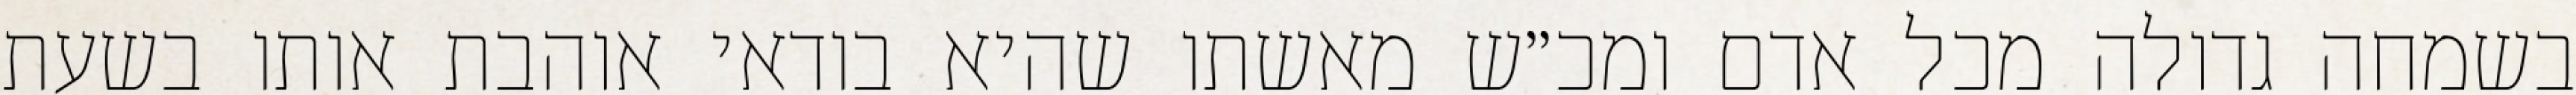
בשמחה גדולה מכל אדם ומכ״ש מאשתו שהיא בודאי אוהבת אותו בשעת